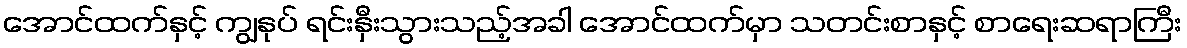
အောင်ထက်နှင့် ကျွနုပ် ရင်းနှီးသွားသည့်အခါ အောင်ထက်မှာ သတင်းစာနှင့် စာရေးဆရာကြီး